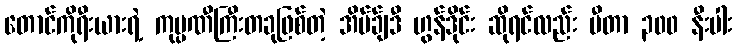
တောင်ကိုရီးယားရဲ့ ကုမ္ပဏီကြီးတခုဖြစ်တဲ့ အိပ်ခ်ျဒီ ဟွန်ဒိုင်း ဆိုရင်လည်း မီတာ ၃၀၀ နီးပါး